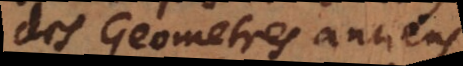
des Geometres anciens